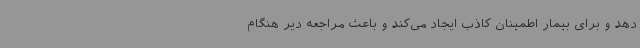
دهد و برای بیمار اطمینان کاذب ایجاد می‌کند و باعث مراجعه دیر هنگام